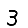
Digit: 3